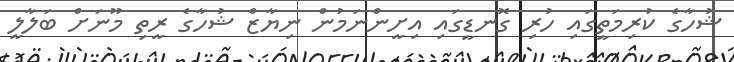
ޝުހާގެ ކުރިމަތީގައި ހުރި ގޮނޑީގައި އިށީންނަމުން ނިޔާޒް ޝުހާގެ ރީތި މޫނަށް ބަލާލީ